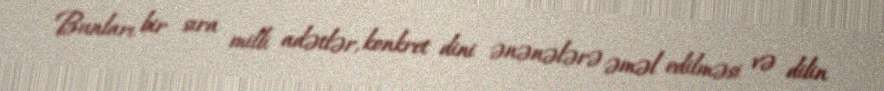
Bunları bir sıra milli adətlər, konkret dini ənənələrə əməl edilməsi və dilin